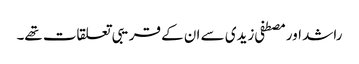
راشد اور مصطفی زیدی سے ان کے قریبی تعلقات تھے۔